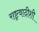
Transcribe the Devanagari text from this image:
राष्ट्रवादीशी